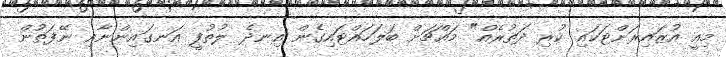
މިއީ އުޒައިރަށްޓަކައި ކުރި ދަތުރެއް" މައްޗަށް ބަލަހައްޓައިގެން އިނދެ ލުތުފީ އަނގައިންނާއި ނޭފަތުން